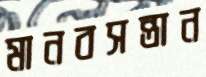
মানবসন্তান